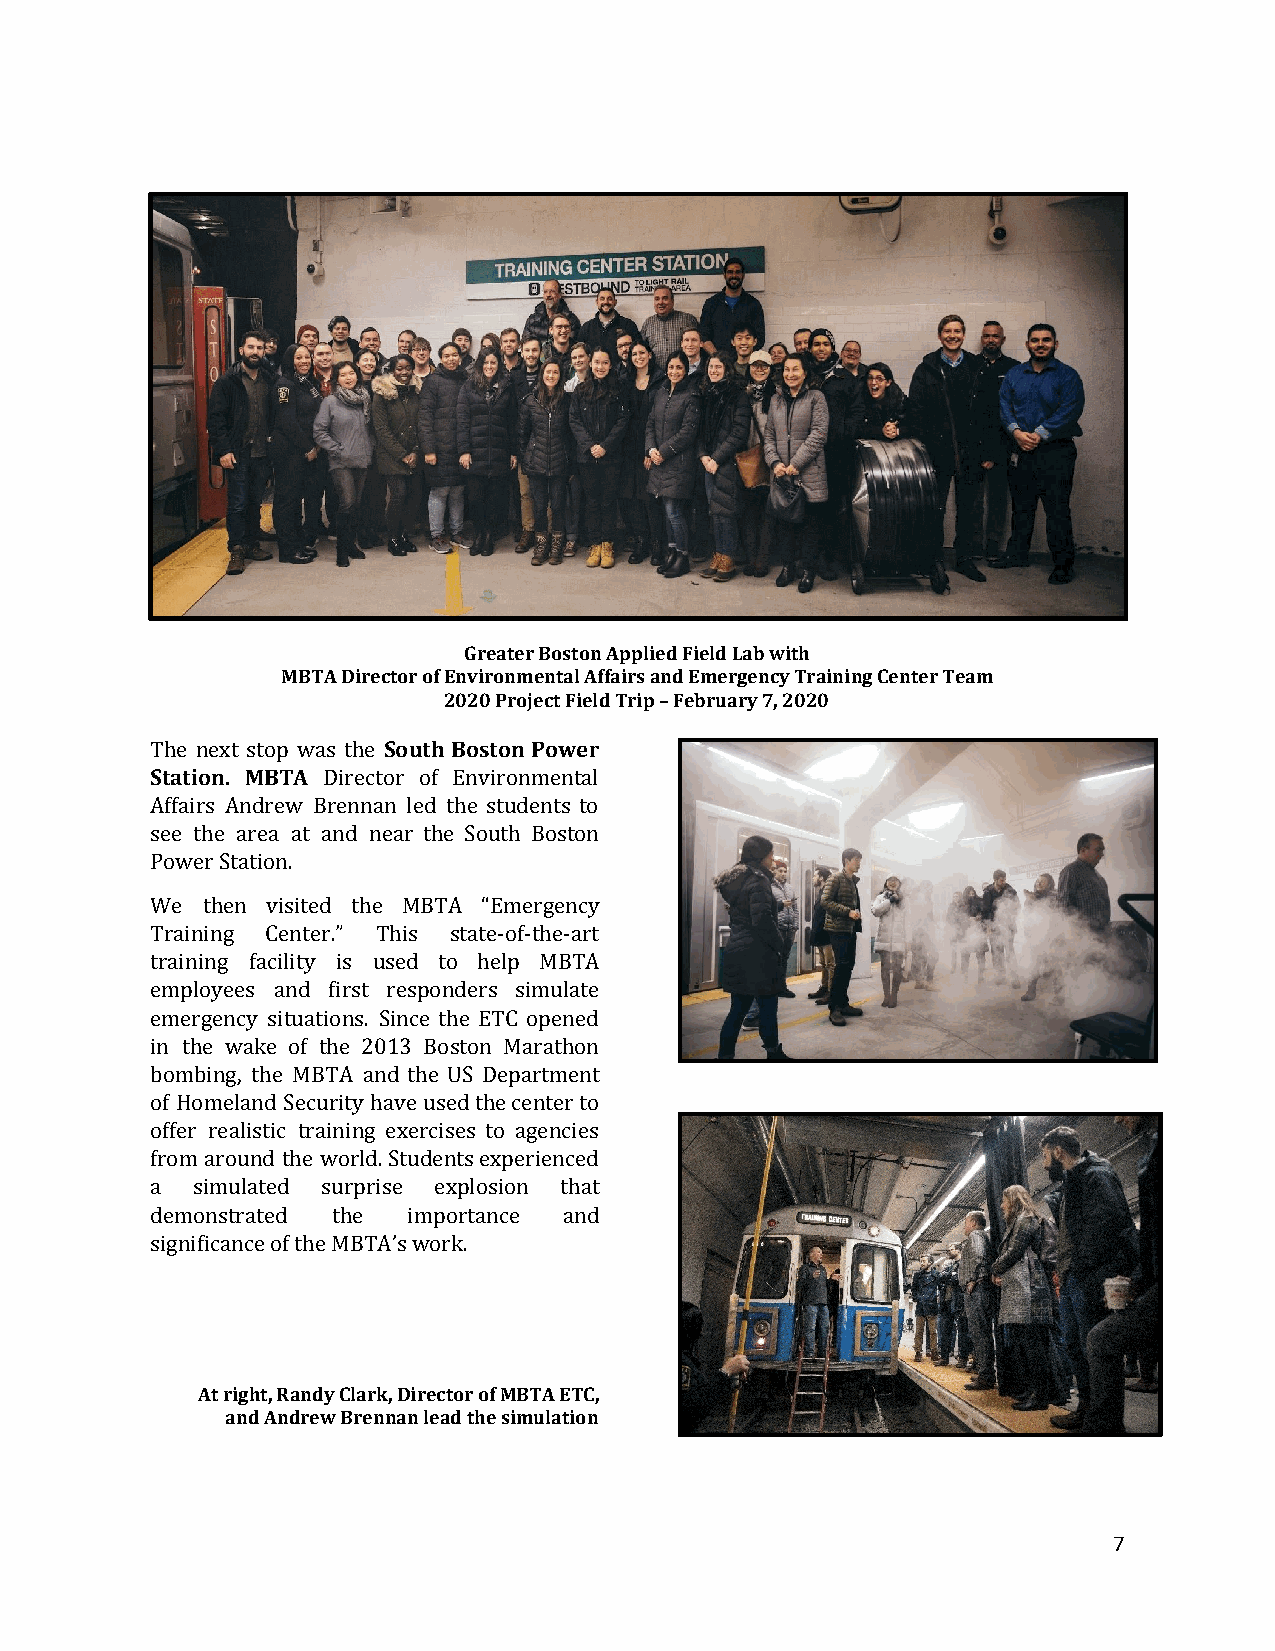
Greater Boston Applied Field Lab with
 MBTA Director of Environmental Affairs and Emergency Training Center Team
 2020 Project Field Trip – February 7, 2020
 The next stop was the South Boston Power
 ​
 Station. MBTA Director of Environmental
 Affairs Andrew Brennan led the students to
 see the area at and near the South Boston
 Power Station.
 We then visited the MBTA “Emergency
 Training Center.” This state-of-the-art
 training facility is used to help MBTA
 employees and first responders simulate
 emergency situations. Since the ETC opened
 in the wake of the 2013 Boston Marathon
 bombing, the MBTA and the US Department
 of Homeland Security have used the center to
 offer realistic training exercises to agencies
 from around the world. Students experienced
 a  simulated surprise explosion that
 demonstrated the importance and
 significance of the MBTA’s work.
 At right, Randy Clark, Director of MBTA ETC,
 and Andrew Brennan lead the simulation
 7